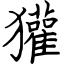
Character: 獾